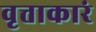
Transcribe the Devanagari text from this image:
वृत्ताकारं